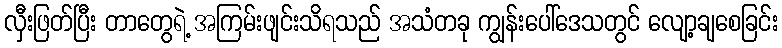
လှီးဖြတ်ပြီး တာတွေရဲ့ အကြမ်းဖျင်းသိရသည် အသံတခု ကျွန်းပေါ်ဒေသတွင် လျော့ချစေခြင်း